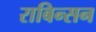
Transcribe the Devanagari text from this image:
राबिन्सन